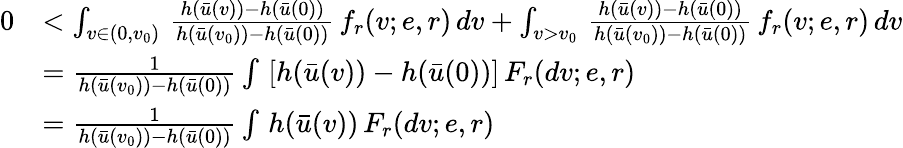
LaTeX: \begin{array}{rl}{0}&{<\int_{v\in(0,v_{0})}\, \frac{h(\bar{u}(v))-h(\bar{u}(0))}{h(\bar{u}(v_{0}))-h(\bar{u}(0))}\, f_{r}(v;e,r)\, dv+\int_{v>v_{0}}\, \frac{h(\bar{u}(v))-h(\bar{u}(0))}{h(\bar{u}(v_{0}))-h(\bar{u}(0))}\, f_{r}(v;e,r)\, dv}\\ &{=\frac{1}{h(\bar{u}(v_{0}))-h(\bar{u}(0))}\int\, \left[h(\bar{u}(v))-h(\bar{u}(0))\right]\, F_{r}(dv;e,r)}\\ &{=\frac{1}{h(\bar{u}(v_{0}))-h(\bar{u}(0))}\int\, h(\bar{u}(v))\, F_{r}(dv;e,r)}\end{array}